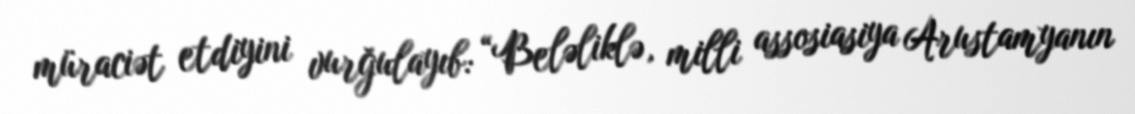
müraciət etdiyini vurğulayıb: “Beləliklə, milli assosiasiya Arustamyanın